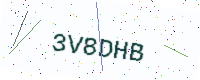
Text: 3V8DHB